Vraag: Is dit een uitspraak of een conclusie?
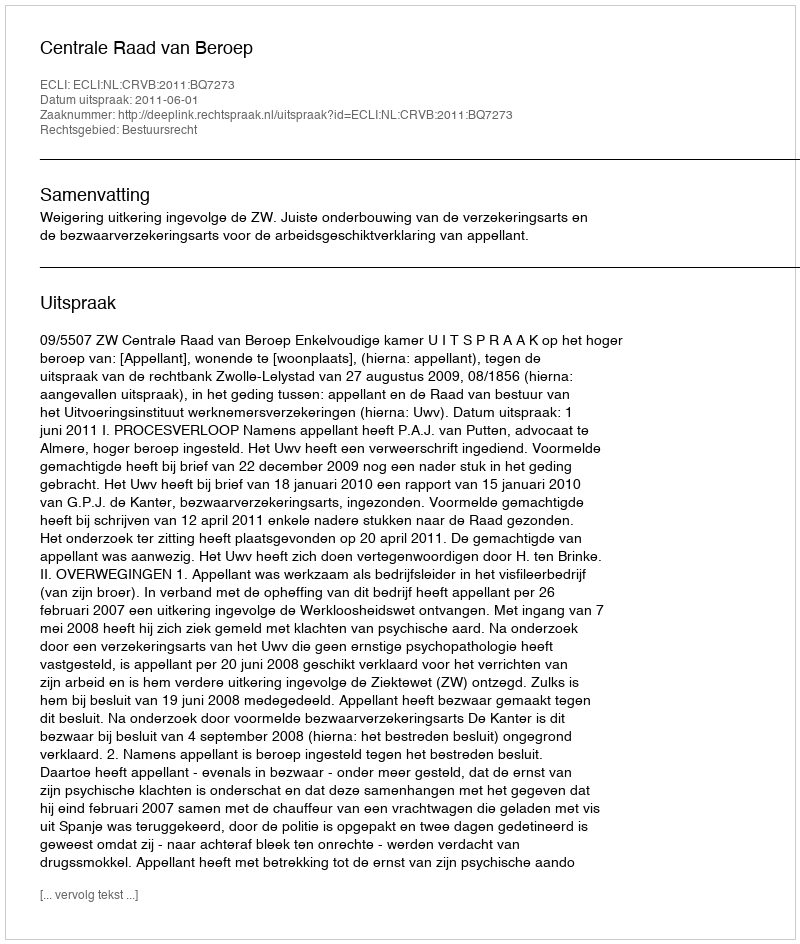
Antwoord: Uitspraak